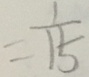
= \frac { 1 } { 1 5 }